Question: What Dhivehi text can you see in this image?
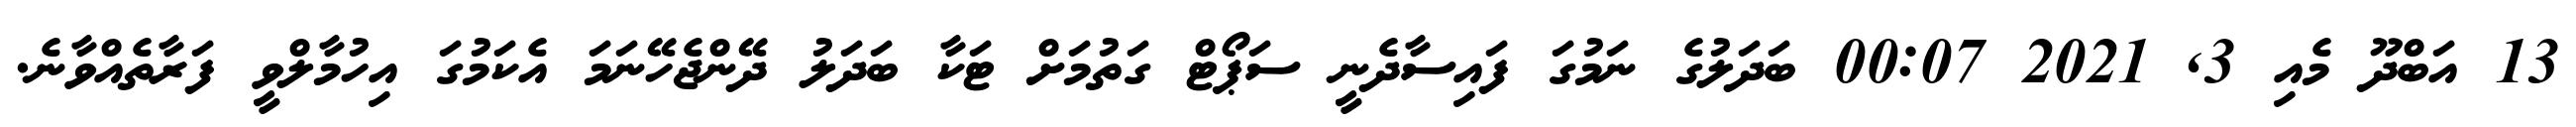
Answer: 13 އަބްދޫ މެއި 3, 2021 00:07 ބަދަލުގެ ނަމުގަ ފައިސާދެނީ ސަޕޯޓް ގަތުމަށް ޓަކާ ބަދަލު ދޭންޖެހޭނަމަ އެކަމުގަ އިހުމާލްވީ ފަރާތެއްވާނެ.